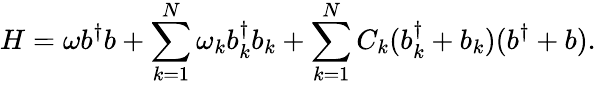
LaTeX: H=\omega b^{\dagger}b+\sum_{k=1}^{N}\omega_{k}b_{k}^{\dagger}b_{k}+\sum_{k=1}^{N}C_{k}(b_{k}^{\dagger}+b_{k})(b^{\dagger}+b).